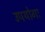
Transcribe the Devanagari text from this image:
उपयोगः